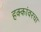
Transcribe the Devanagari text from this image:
हक्कांवरचा